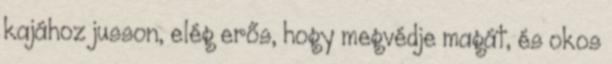
kajához jusson, elég erős, hogy megvédje magát, és okos